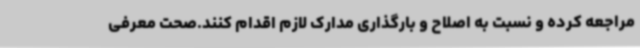
مراجعه کرده و نسبت به اصلاح و بارگذاری مدارک لازم اقدام کنند.صحت معرفی